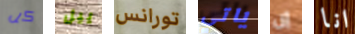
كل ييل تورانس ياتي إن انا